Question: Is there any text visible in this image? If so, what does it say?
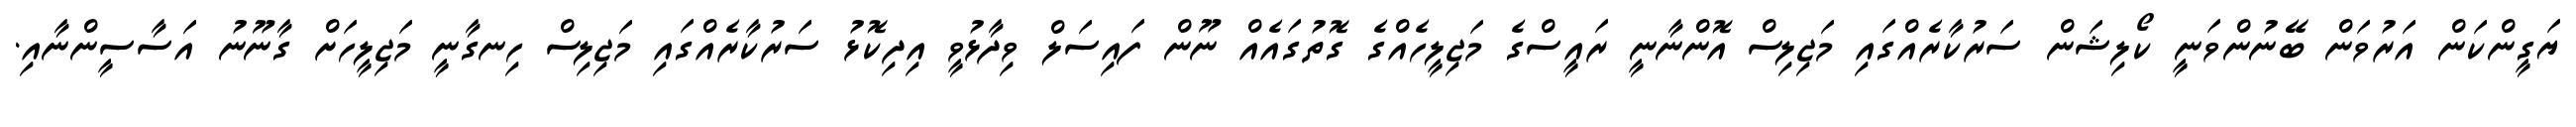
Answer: ޔަގީންކަން އަރުވަން ބޭނުންވަނީ ކޯލިޝަން ސަރުކާރެއްގައި މަޖިލިސް އޮންނާނީ ރައީސްގެ މަޖިލީހެއްގެ ގޮތުގައެއް ނޫން ފައިސަލް ވިދާޅުވީ އިދިކޮޅު ސަރުކާރެއްގައި މަޖިލިސް ހިނގާނީ މަޖިލީހަށް ގާނޫނު އަސާސީންނާއި.